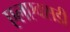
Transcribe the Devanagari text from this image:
एलएक्सडी